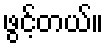
ဖွင့်တယ်။